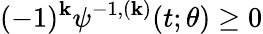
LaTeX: (-1)^{\mathbf{k}}\psi^{-1,(\mathbf{k})}(t;\theta)\geq0